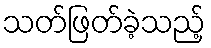
သတ်ဖြတ်ခဲ့သည့်